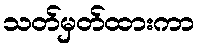
သတ်မှတ်ထားကာ